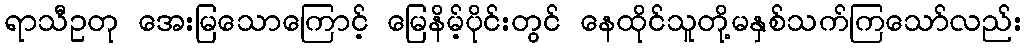
ရာသီဥတု အေးမြသောကြောင့် မြေနိမ့်ပိုင်းတွင် နေထိုင်သူတို့မနှစ်သက်ကြသော်လည်း